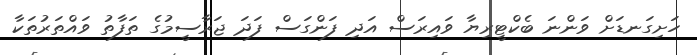
ހަށިގަނޑަށް ވަންނަ ބެކްޓީރިޔާ ވައިރަސް އަދި ފަންގަސް ފަދަ ޖަރާސީމުގެ ތަފާތު ވައްތަރުތަކާ